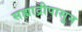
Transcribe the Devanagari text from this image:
सह्याद्रीपासुन